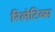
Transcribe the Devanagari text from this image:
रिलेटिव्स